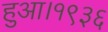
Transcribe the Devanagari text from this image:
हुआ।१९३६